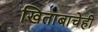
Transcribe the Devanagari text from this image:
खिताबाचेही